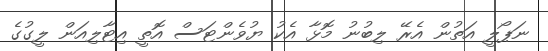
ނަޕޯލީ އަތުން އެރޭ ލިބުނު މޮޅާ އެކު ޔުވެންޓަސް އޮތީ އިޓާލިއަން ލީގުގެ